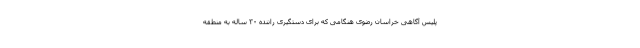
پلیس آگاهی خراسان رضوی هنگامی که برای دستگیری راننده ۳۰ ساله به منطقه